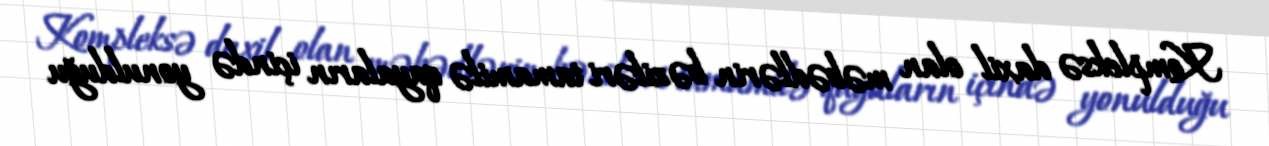
Kompleksə daxil olan məbədlərin bəziləri tamamilə qayaların içində yonulduğu